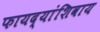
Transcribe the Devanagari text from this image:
फायद्यांशिवाय